Annual report of the Imperial Bacteriologist
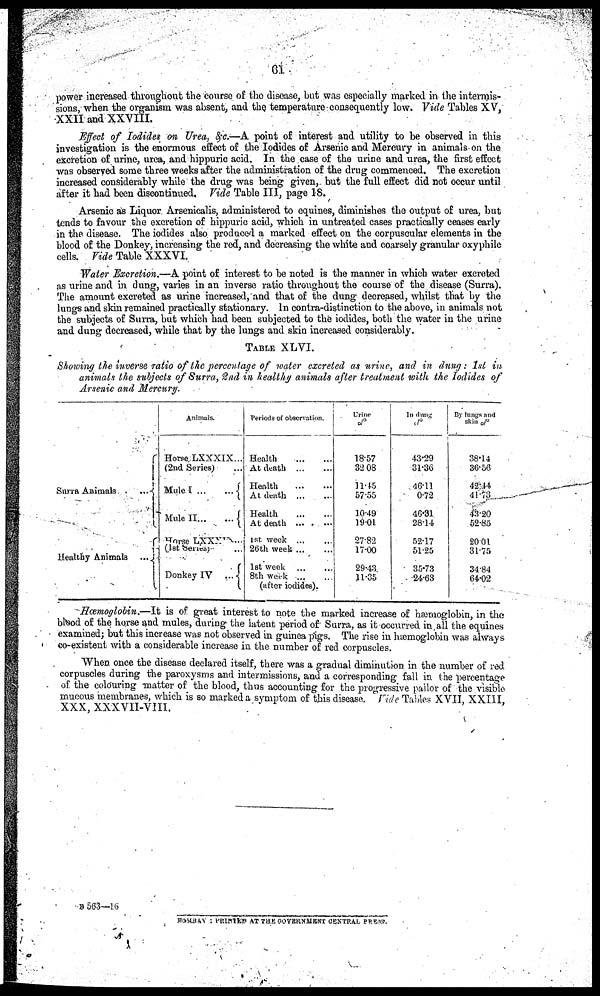
61
power increased throughout the course of the disease, but was especially marked in the intermis-
sions, when the organism was absent, and the temperature consequently low. Vide Tables XV,
XXII and XXVIII.
Effect of Iodides on Urea, &c.—A point of interest and utility to be observed in this
investigation is the enormous effect of the Iodides of Arsenic and Mercury in animals on the
excretion of urine, urea, and hippuric acid. In the case of the urine and urea, the first effect
was observed some three weeks after the administration of the drug commenced. The excretion
increased considerably while the drug was being given, but the full effect did not occur until
after it had been discontinued. Vide Table III, page 18.
Arsenic as Liquor Arsenicalis, administered to equines, diminishes the output of urea, but
tends to favour the excretion of hippuric acid, which in untreated cases practically ceases early
in the disease. The iodides also produced a marked effect on the corpuscular elements in the
blood of the Donkey, increasing the red, and decreasing the white and coarsely granular oxyphile
cells. Vide Table XXXVI.
Water Excretion.—A point of interest to be noted is the manner in which water excreted
as urine and in dung, varies in an inverse ratio throughout the course of the disease (Surra).
The amount excreted as urine increased, and that of the dung decreased, whilst that by the
lungs and skin remained practically stationary. In contra-distinction to the above, in animals not
the subjects of Surra, but which had been subjected to the iodides, both the water in the urine
and dung decreased, while that by the lungs and skin increased considerably.
TABLE XLVI.
Showing the inverse ratio of the percentage of water excreted as urine, and in dung: 1st in
animals the subjects of Surra, 2nd in healthy animals after treatment with the Iodides of
Arsenic and Mercury.
Surra Animals
...{
Healthy Animals ... {
Animals.
Horse,LXXXIX...
(2nd Series)...
Mule I
Mule II...
...{
Horse LXXX...
(1st Series)...
Donkey IV ... {
Periods of observation.
Health
At death
Health
At death
Health
At death ...
...
1st, week
26th week...
...
1st week
...
...
8th week
...
...
(after iodides).
Urine
%
18.57
32.08
11.45
57.55
10.49
19.01
27.82
17.00
29.43
11.35
In dung
%
43.29
31.36
46.11
0.72 .
46.31
28.14
52.17
51.25
35.73
24.63
By lungs and
skin %
38.14
36.56
42.44
41.73
43.20
52.85
20.01
31.75
34.84
64.02
Hæmoglobin.—It is of great interest to note the marked increase of hæmoglobin, in the
blood of the horse and mules, during the latent period of Surra, as it occurred in all the equines
examined; but this increase was not observed in guinea pigs. The rise in hæmoglobin was always
co-existent with a considerable increase in the number of red corpuscles.
When once the disease declared itself, there was a gradual diminution in the number of red
corpuscles during the paroxysms and intermissions, and a corresponding fall in the percentage
of the colouring matter of the blood, thus accounting for the progressive pallor of the visible
mucous membranes, which is so marked a symptom of this disease. Vide Tables XVII, XXIII,
XXX, XXXVII-VIII.
B 563—16
BOMBAY : PRINTED AT THE GOVERNMENT CENTRAL PRESS.